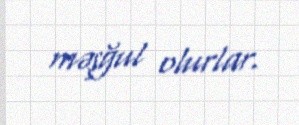
məşğul olurlar.